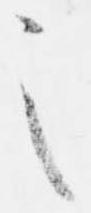
之